Vaccination in Burma 1889-1999 - 1889-1999
Year: 1889
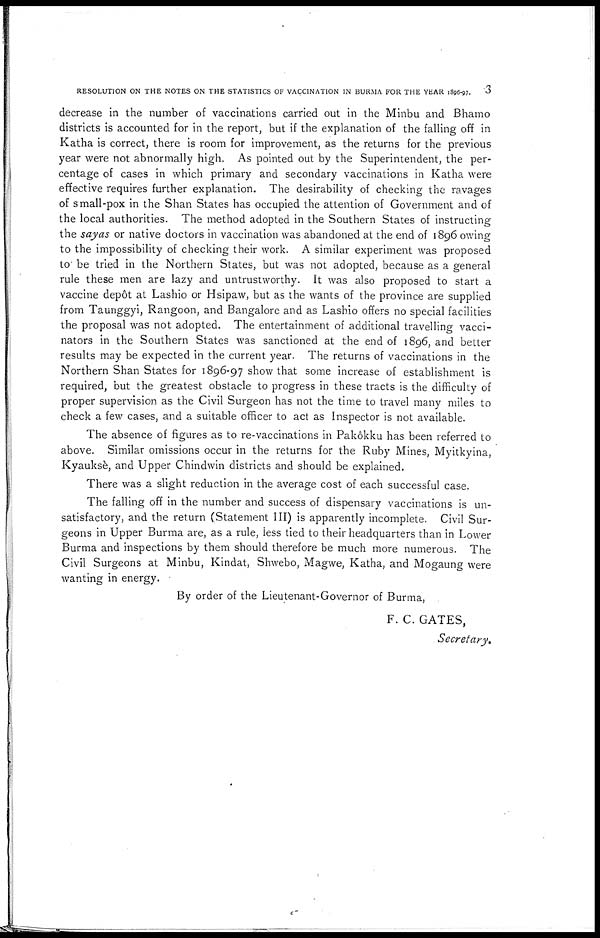
RESOLUTION ON THE NOTES ON THE STATISTICS OF VACCINATION IN BURMA FOR THE YEAR 1896-97.
3
decrease in the number of vaccinations carried out in the Minbu and Bhamo
districts is accounted for in the report, but if the explanation of the falling off in
Katha is correct, there is room for improvement, as the returns for the previous
year were not abnormally high. As pointed out by the Superintendent, the per-
centage of cases in which primary and secondary vaccinations in Katha were
effective requires further explanation. The desirability of checking the ravages
of small-pox in the Shan States has occupied the attention of Government and of
the local authorities. The method adopted in the Southern States of instructing
the sayas or native doctors in vaccination was abandoned at the end of 1896 owing
to the impossibility of checking their work. A similar experiment was proposed
to' be tried in the Northern States, but was not adopted, because as a general
rule these men are lazy and untrustworthy. It was also proposed to start a
vaccine depôt at Lashio or Hsipaw, but as the wants of the province are supplied
from Taunggyi, Rangoon, and Bangalore and as Lashio offers no special facilities
the proposal was not adopted. The entertainment of additional travelling vacci-
nators in the Southern States was sanctioned at the end of 1896, and better
results may be expected in the current year. The returns of vaccinations in the
Northern Shan States for 1896-97 show that some increase of establishment is
required, but the greatest obstacle to progress in these tracts is the difficulty of
proper supervision as the Civil Surgeon has not the time to travel many miles to
check a few cases, and a suitable officer to act as Inspector is not available.
The absence of figures as to re-vaccinations in Pakôkku has been referred to
above. Similar omissions occur in the returns for the Ruby Mines, Myitkyina,
Kyauksè, and Upper Chindwin districts and should be explained.
There was a slight reduction in the average cost of each successful case.
The falling off in the number and success of dispensary vaccinations is un-
satisfactory, and the return (Statement III) is apparently incomplete. Civil Sur-
geons in Upper Burma are, as a rule, less tied to their headquarters than in Lower
Burma and inspections by them should therefore be much more numerous. The
Civil Surgeons at Minbu, Kindat, Shwebo, Magwe, Katha, and Mogaung were
wanting in energy.
By order of the Lieutenant-Governor of Burma,
F. C. GATES,
Secretary.